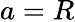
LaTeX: a=R